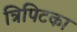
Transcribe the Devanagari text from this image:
त्रिपिटका